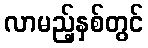
လာမည့်နှစ်တွင်